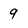
Character: 9